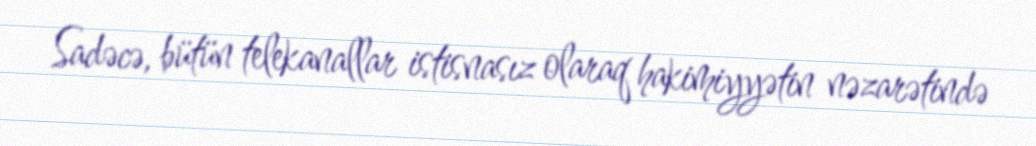
Sadəcə, bütün telekanallar istisnasız olaraq hakimiyyətin nəzarətində